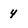
Character: 4